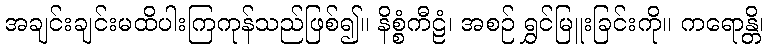
အချင်းချင်းမထိပါးကြကုန်သည်ဖြစ်၍။ နိစ္စံကီဠံ၊ အစဉ် ရွှင်မြူးခြင်းကို။ ကရောန္တိ၊